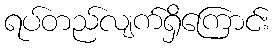
ရပ်တည်လျက်ရှိကြောင်း